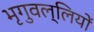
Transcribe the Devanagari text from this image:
भृगुवल्लियों